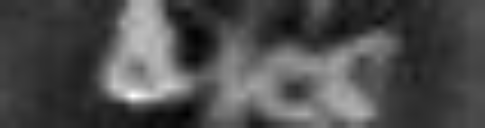
dies